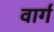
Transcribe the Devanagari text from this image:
वार्ग